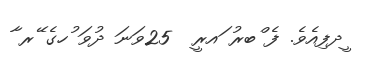
ީދފިއެވެ. ފެ ްބރު ައރީ  25ވަނަ ދުވަ ުހގެ ޭރ ާ